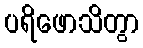
ပရိဖောသိတွာ